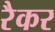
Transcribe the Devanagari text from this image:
रैकर